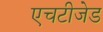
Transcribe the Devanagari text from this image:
एचटीजेड